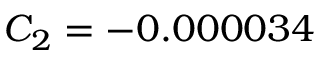
C _ { 2 } = - 0 . 0 0 0 0 3 4